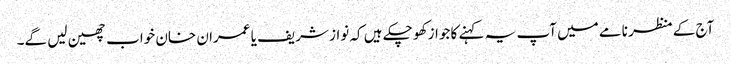
آج کے منظر نامے میں آپ یہ کہنے کا جواز کھو چکے ہیں کہ نواز شریف یا عمران خان خواب چھین لیں گے۔